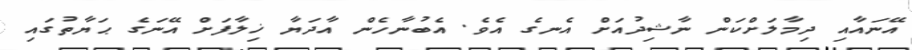
އޭނައާއި ދިމާލަށްކަން ނާޝިދުއަށް އެނގެ އެވެ. އެބުނާހެން އާދަޔާ ޚިލާފަށް އޭނަގެ ޙަޔާތުގައި